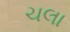
ચલા